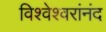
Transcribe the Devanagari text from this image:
विश्वेश्वरांनंद